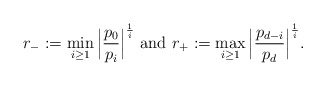
\begin{align*} r_-:= \min_{i\ge 1}\Big|\frac{p_0}{p_i}\Big|^{\frac{1}{i}}~{\rm and}~ r_+:=\max_{i\ge 1} \Big|\frac{p_{d-i}}{p_d}\Big|^{\frac{1}{i}}.\end{align*}